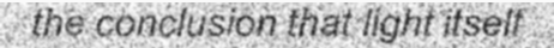
the conclusion that light itself